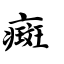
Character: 癍